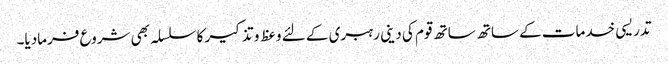
تدریسی خدمات کے ساتھ ساتھ قوم کی دینی رہبری کے لئے وعظ و تذکیر کا سلسلہ بھی شروع فرمادیا۔